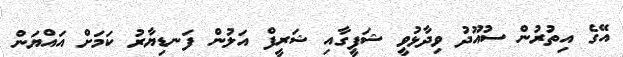
އޭގެ އިތުރުން ސުއޫދު ވިދާޅުވީ ޝަފީގާއި ޝަރީފް އަލުން ފަނޑިޔާރު ކަމަށް އައްޔަން